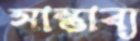
সাম্ভাব্য